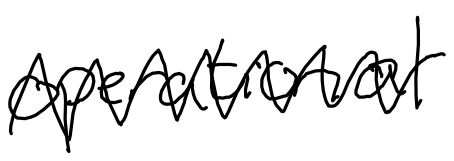
Text: operational
Cross-out: zig-zag
Writing tool: digital_black